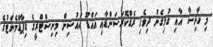
މި ހާދިސާ އާއި ގުޅިގެން ދިވެހި ރެޑްކޮރަސަންޑާއި އައްޑޫ ހައުސިން މިނިސްޓްރީގެ ޑިޕާޑްމެންޓުގެ